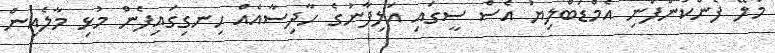
މާލޭ ފެންކުންފުނި އެމްޑަބްލިޔު އެސް ސީގައި އަލިފާނުގެ ހާދިސާއެއް ހިނގިގައިފެން މުޅި މާލެއިން